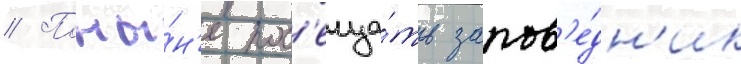
// Поны́н'е пос'еща́ть запов'е́дн'ик